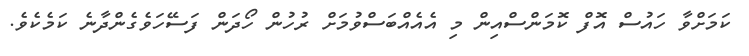
ކަމަށްވާ ހައުސް އޮފް ކޮމަންސްއިން މި އެއެއްބަސްވުމަށް ރުހުން ހޯދަން ފަސޭހަވެގެންދާނެ ކަމެކެވެ.